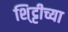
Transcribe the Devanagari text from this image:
शि्ट्टीच्या